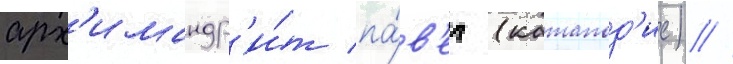
арх'имандр'и́т па́в'ел (катапод'ис) //